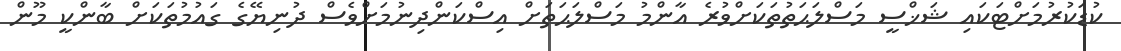
ކުޑަކުރުމަށްޓަކައި ޝަޚްސީ މަސްލަޙަތުތަކަށްވުރެ އާންމު މަސްލަޙަތަށް އިސްކަންދިނުމަށްވެސް ދުނިޔޭގެ ގައުމުތަކަށް ބާންކީ މޫން